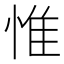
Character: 惟